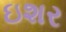
ઇશર